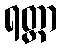
ရတ္တာ